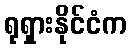
ရုရှားနိုင်ငံက